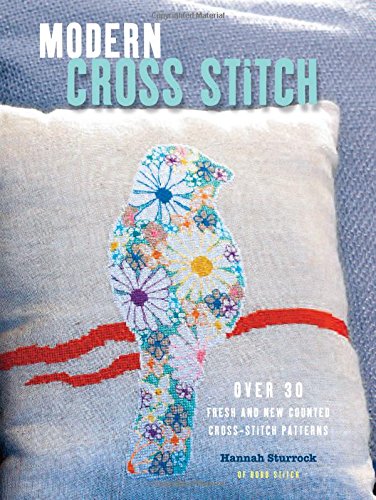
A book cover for Modern Cross Stitch: Over 30 Fresh and New Counted Cross-stitch Patterns; Hannah Sturrock; Crafts, Hobbies & Home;